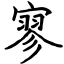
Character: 寥